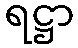
ရဋ္ဌာ